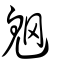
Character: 魍